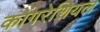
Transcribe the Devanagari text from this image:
कोंगरेशियल